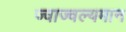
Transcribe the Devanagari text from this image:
ज्वाज्वल्यमान